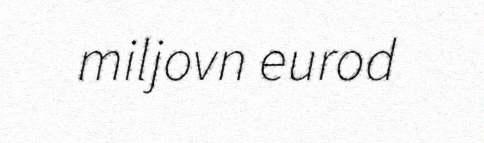
miljovn eurod